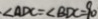
\angle A D C = \angle B D C = 9 0